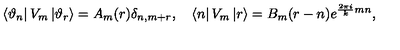
\left\langle \vartheta _ { n } \right| V _ { m } \left| \vartheta _ { r } \right\rangle = A _ { m } ( r ) \delta _ { n , m + r } , \quad \left\langle n \right| V _ { m } \left| r \right\rangle = B _ { m } ( r - n ) e ^ { \frac { 2 \pi i } { k } m n } ,